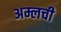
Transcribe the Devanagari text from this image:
अम्लची